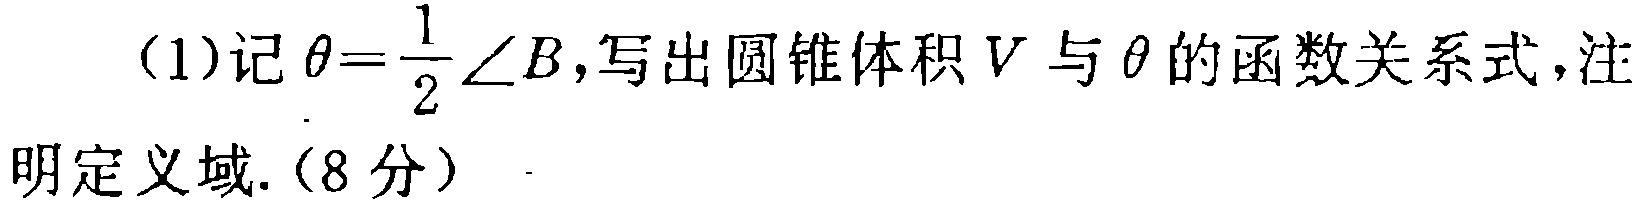
(1)记\(\theta = \frac{1}{2}\angle B\)，写出圆锥体积\(V\)与\(\theta\)的函数关系式，注明定义域.（8分）